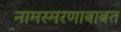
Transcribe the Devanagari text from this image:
नामस्मरणाबाबत